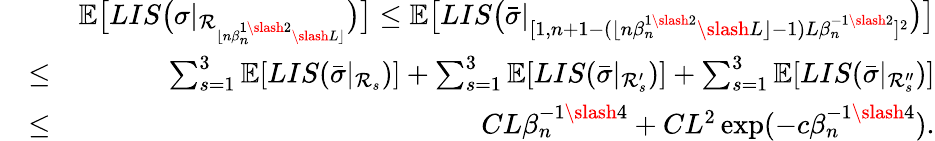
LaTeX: \begin{array}{rlr}&{}&{\mathbb{E}\big[LIS\big(\sigma|_{\mathcal{R}_{\lfloor n\beta_{n}^{1\slash 2}\slash L\rfloor}}\big)\big]\leq\mathbb{E}\big[LIS\big(\bar{\sigma}|_{[1,n+1-(\lfloor n\beta_{n}^{1\slash 2}\slash L\rfloor-1)L\beta_{n}^{-1\slash 2}]^{2}}\big)\big]}\\ &{\leq}&{\sum_{s=1}^{3}\mathbb{E}[LIS(\bar{\sigma}|_{\mathcal{R}_{s}})]+\sum_{s=1}^{3}\mathbb{E}[LIS(\bar{\sigma}|_{\mathcal{R}_{s}^{\prime}})]+\sum_{s=1}^{3}\mathbb{E}[LIS(\bar{\sigma}|_{\mathcal{R}_{s}^{\prime\prime}})]}\\ &{\leq}&{CL\beta_{n}^{-1\slash 4}+CL^{2}\exp(-c\beta_{n}^{-1\slash 4}).}\end{array}